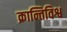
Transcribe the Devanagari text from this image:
क्रान्तिविश्व